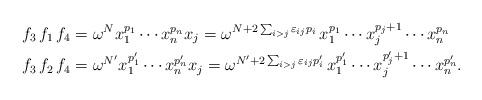
LaTeX: \begin{align*}f_3 \, f_1 \, f_4 & = \omega^N x_1^{p_1} \cdots x_n^{p_n} x_j= \omega^{N + 2\sum_{i>j} \varepsilon_{ij} p_i } \, x_1^{p_1} \cdots x_j^{p_j+1} \cdots x_n^{p_n} \\f_3 \, f_2 \, f_4 & = \omega^{N'} x_1^{p_1'} \cdots x_n^{p_n'} x_j = \omega^{N' + 2\sum_{i>j} \varepsilon_{ij} p_i' } \, x_1^{p_1'} \cdots x_j^{p_j'+1} \cdots x_n^{p_n'}.\end{align*}